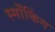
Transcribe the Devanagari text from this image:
स्मोंकिंग